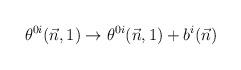
LaTeX: \begin{align*}\theta^{0i}(\vec n,1) \to \theta^{0i}(\vec n,1) +b^i(\vec n)\end{align*}